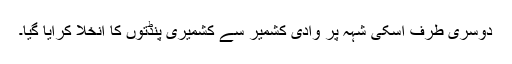
دوسری طرف اسکی شہہ پر وادی کشمیر سے کشمیری پنڈتوں کا انخلا کرایا گیا۔